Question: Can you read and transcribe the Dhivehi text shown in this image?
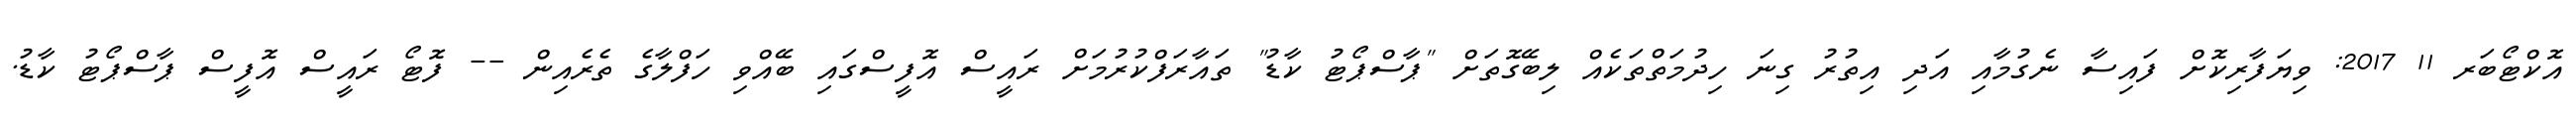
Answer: އޮކްޓޯބަރ 11 2017: ވިޔަފާރިކޮށް ފައިސާ ނެގުމާއި އަދި އިތުރު ގިނަ ހިދުމަތްތަކެއް ލިބޭގޮތަށް "ޕާސްޕޯޓު ކާޑު" ތައާރަފްކުރުމަށް ރައީސް އޮފީސްގައި ބޭއްވި ހަފްލާގެ ތެރެއިން -- ފޮޓޯ ރައީސް އޮފީސް ޕާސްޕޯޓު ކާޑު.